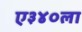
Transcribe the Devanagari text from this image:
ए३४०ला